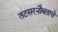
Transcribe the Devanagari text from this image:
तटसरनौबताचे